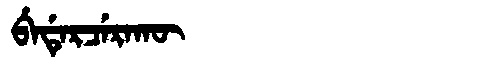
Manchu: ᠪᡝᡩᡝᡵᠴᡝᡵᠠᡴᡡ
Romanization: BEDERCERAKŪ